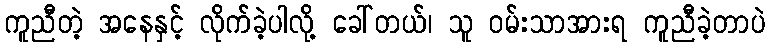
ကူညီတဲ့ အနေနှင့် လိုက်ခဲ့ပါလို့ ခေါ်တယ်၊ သူ ဝမ်းသာအားရ ကူညီခဲ့တာပဲ